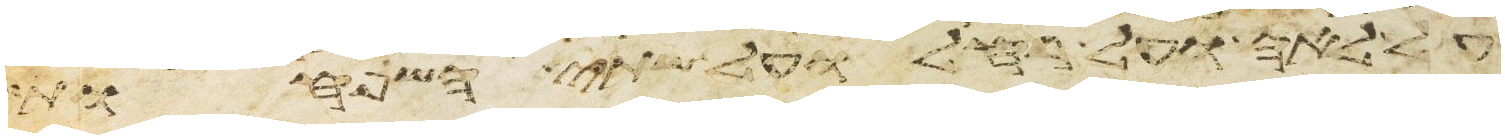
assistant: על לאה ועל רחל ועל שתי השפחות